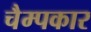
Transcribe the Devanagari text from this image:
चैम्पकार